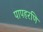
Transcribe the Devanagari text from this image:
पापहरणि